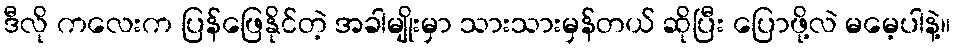
ဒီလို ကလေးက ပြန်ဖြေနိုင်တဲ့ အခါမျိုးမှာ သားသားမှန်တယ် ဆိုပြီး ပြောဖို့လဲ မမေ့ပါနဲ့။